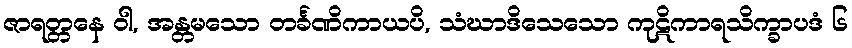
ဇာရတ္တနေ ဝါ, အန္တမသော တင်္ခဏိကာယပိ, သံဃာဒိသေသော ကုဋိကာရသိက္ခာပဒံ ၆